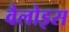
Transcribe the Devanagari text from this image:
वैलोइस